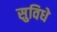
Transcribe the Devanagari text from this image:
सुविधे